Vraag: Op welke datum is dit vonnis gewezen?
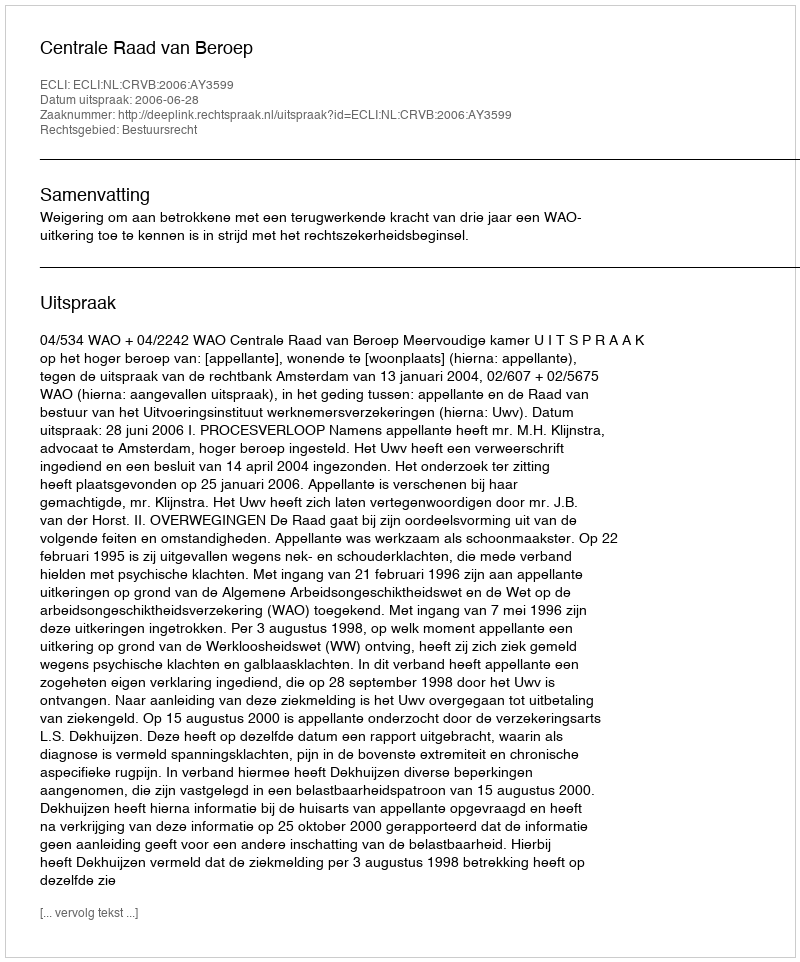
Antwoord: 2006-06-28